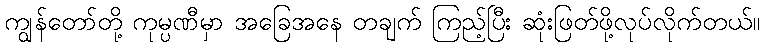
ကျွန်တော်တို့ ကုမ္ပဏီမှာ အခြေအနေ တချက် ကြည့်ပြီး ဆုံးဖြတ်ဖို့လုပ်လိုက်တယ်။